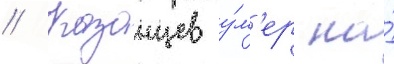
// Казанцев у́м'ер на́